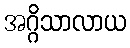
အဂ္ဂိသာလာယ